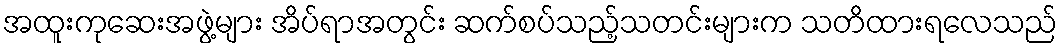
အထူးကုဆေးအဖွဲ့များ အိပ်ရာအတွင်း ဆက်စပ်သည့်သတင်းများက သတိထားရလေသည်